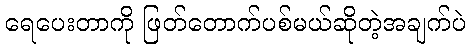
ရေပေးတာကို ဖြတ်တောက်ပစ်မယ်ဆိုတဲ့အချက်ပဲ